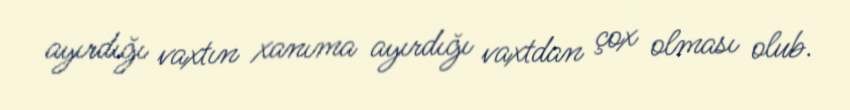
ayırdığı vaxtın xanıma ayırdığı vaxtdan çox olması olub.